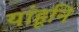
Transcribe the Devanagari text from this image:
यांहूनि